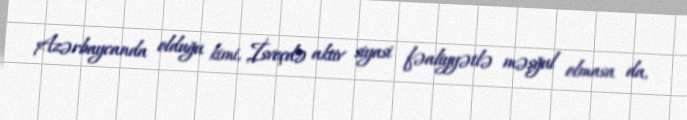
Azərbaycanda olduğu kimi, İsveçdə aktiv siyasi fəaliyyətlə məşğul olmasa da,